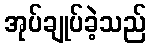
အုပ်ချုပ်ခဲ့သည်